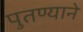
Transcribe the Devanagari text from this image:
पुतण्याने